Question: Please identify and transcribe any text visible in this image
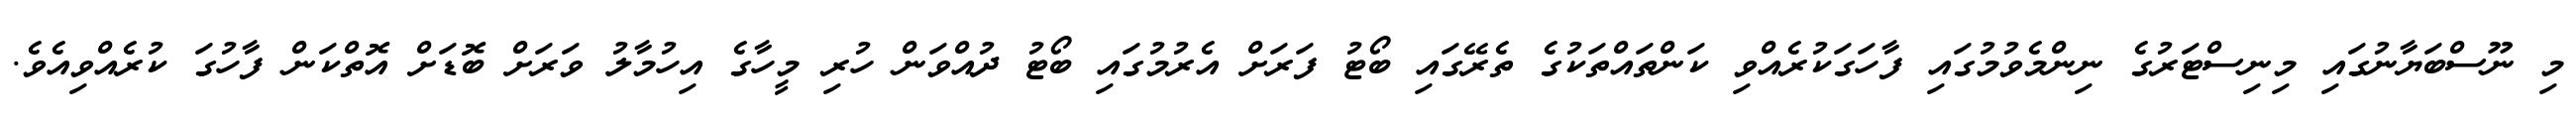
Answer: މި ނޫސްބަޔާނުގައި މިނިސްޓަރުގެ ނިންމެވުމުގައި ފާހަގަކުރެއްވި ކަންތައްތަކުގެ ތެރޭގައި ބޯޓު ފަރަށް އެރުމުގައި ބޯޓު ދުއްވަން ހުރި މީހާގެ އިހުމާލު ވަރަށް ބޮޑަށް އޮތްކަން ފާހުގަ ކުރެއްވިއެވެ.